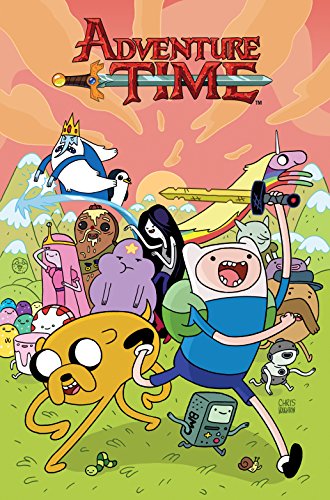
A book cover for Adventure Time Vol. 2; Ryan North; Children's Books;